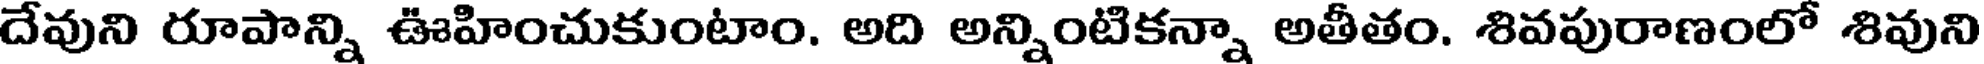
దేవుని రూపాన్ని ఊహించుకుంటాం. అది అన్నింటికన్నా అతీతం. శివపురాణంలో శివుని